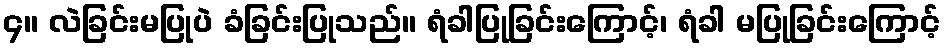
၄။ လဲခြင်းမပြုပဲ ခံခြင်းပြုသည်။ ရံခါပြုခြင်းကြောင့်၊ ရံခါ မပြုခြင်းကြောင့်